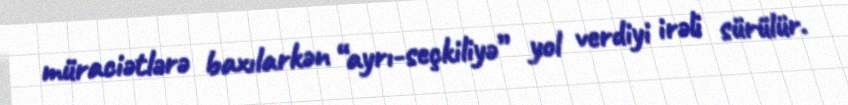
müraciətlərə baxılarkən “ayrı-seçkiliyə” yol verdiyi irəli sürülür.